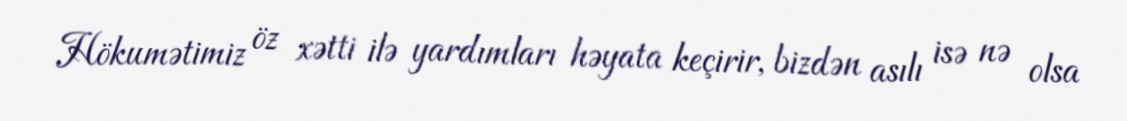
Hökumətimiz öz xətti ilə yardımları həyata keçirir, bizdən asılı isə nə olsa